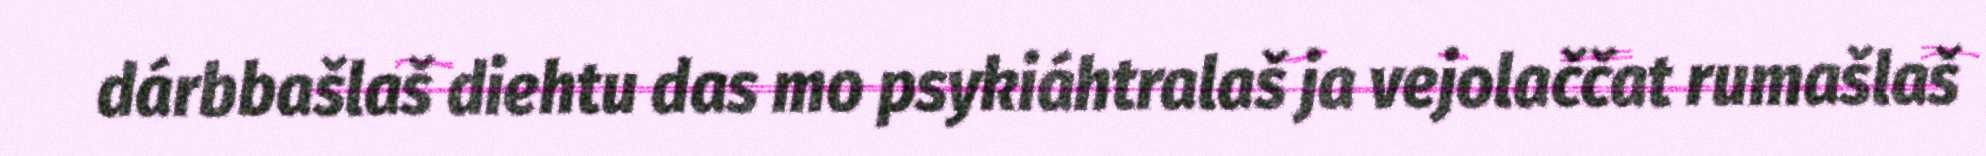
dárbbašlaš diehtu das mo psykiáhtralaš ja vejolaččat rumašlaš